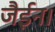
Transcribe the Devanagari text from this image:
जैईन।